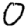
Digit: 0